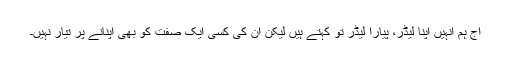
آج ہم انہیں اپنا لیڈر، پیارا لیڈر تو کہتے ہیں لیکن اُن کی کسی ایک صفت کو بھی اپنانے پر تیار نہیں۔